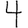
Digit: 4